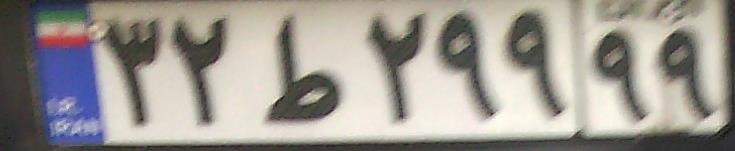
۳۲ط۲۹۹۹۹